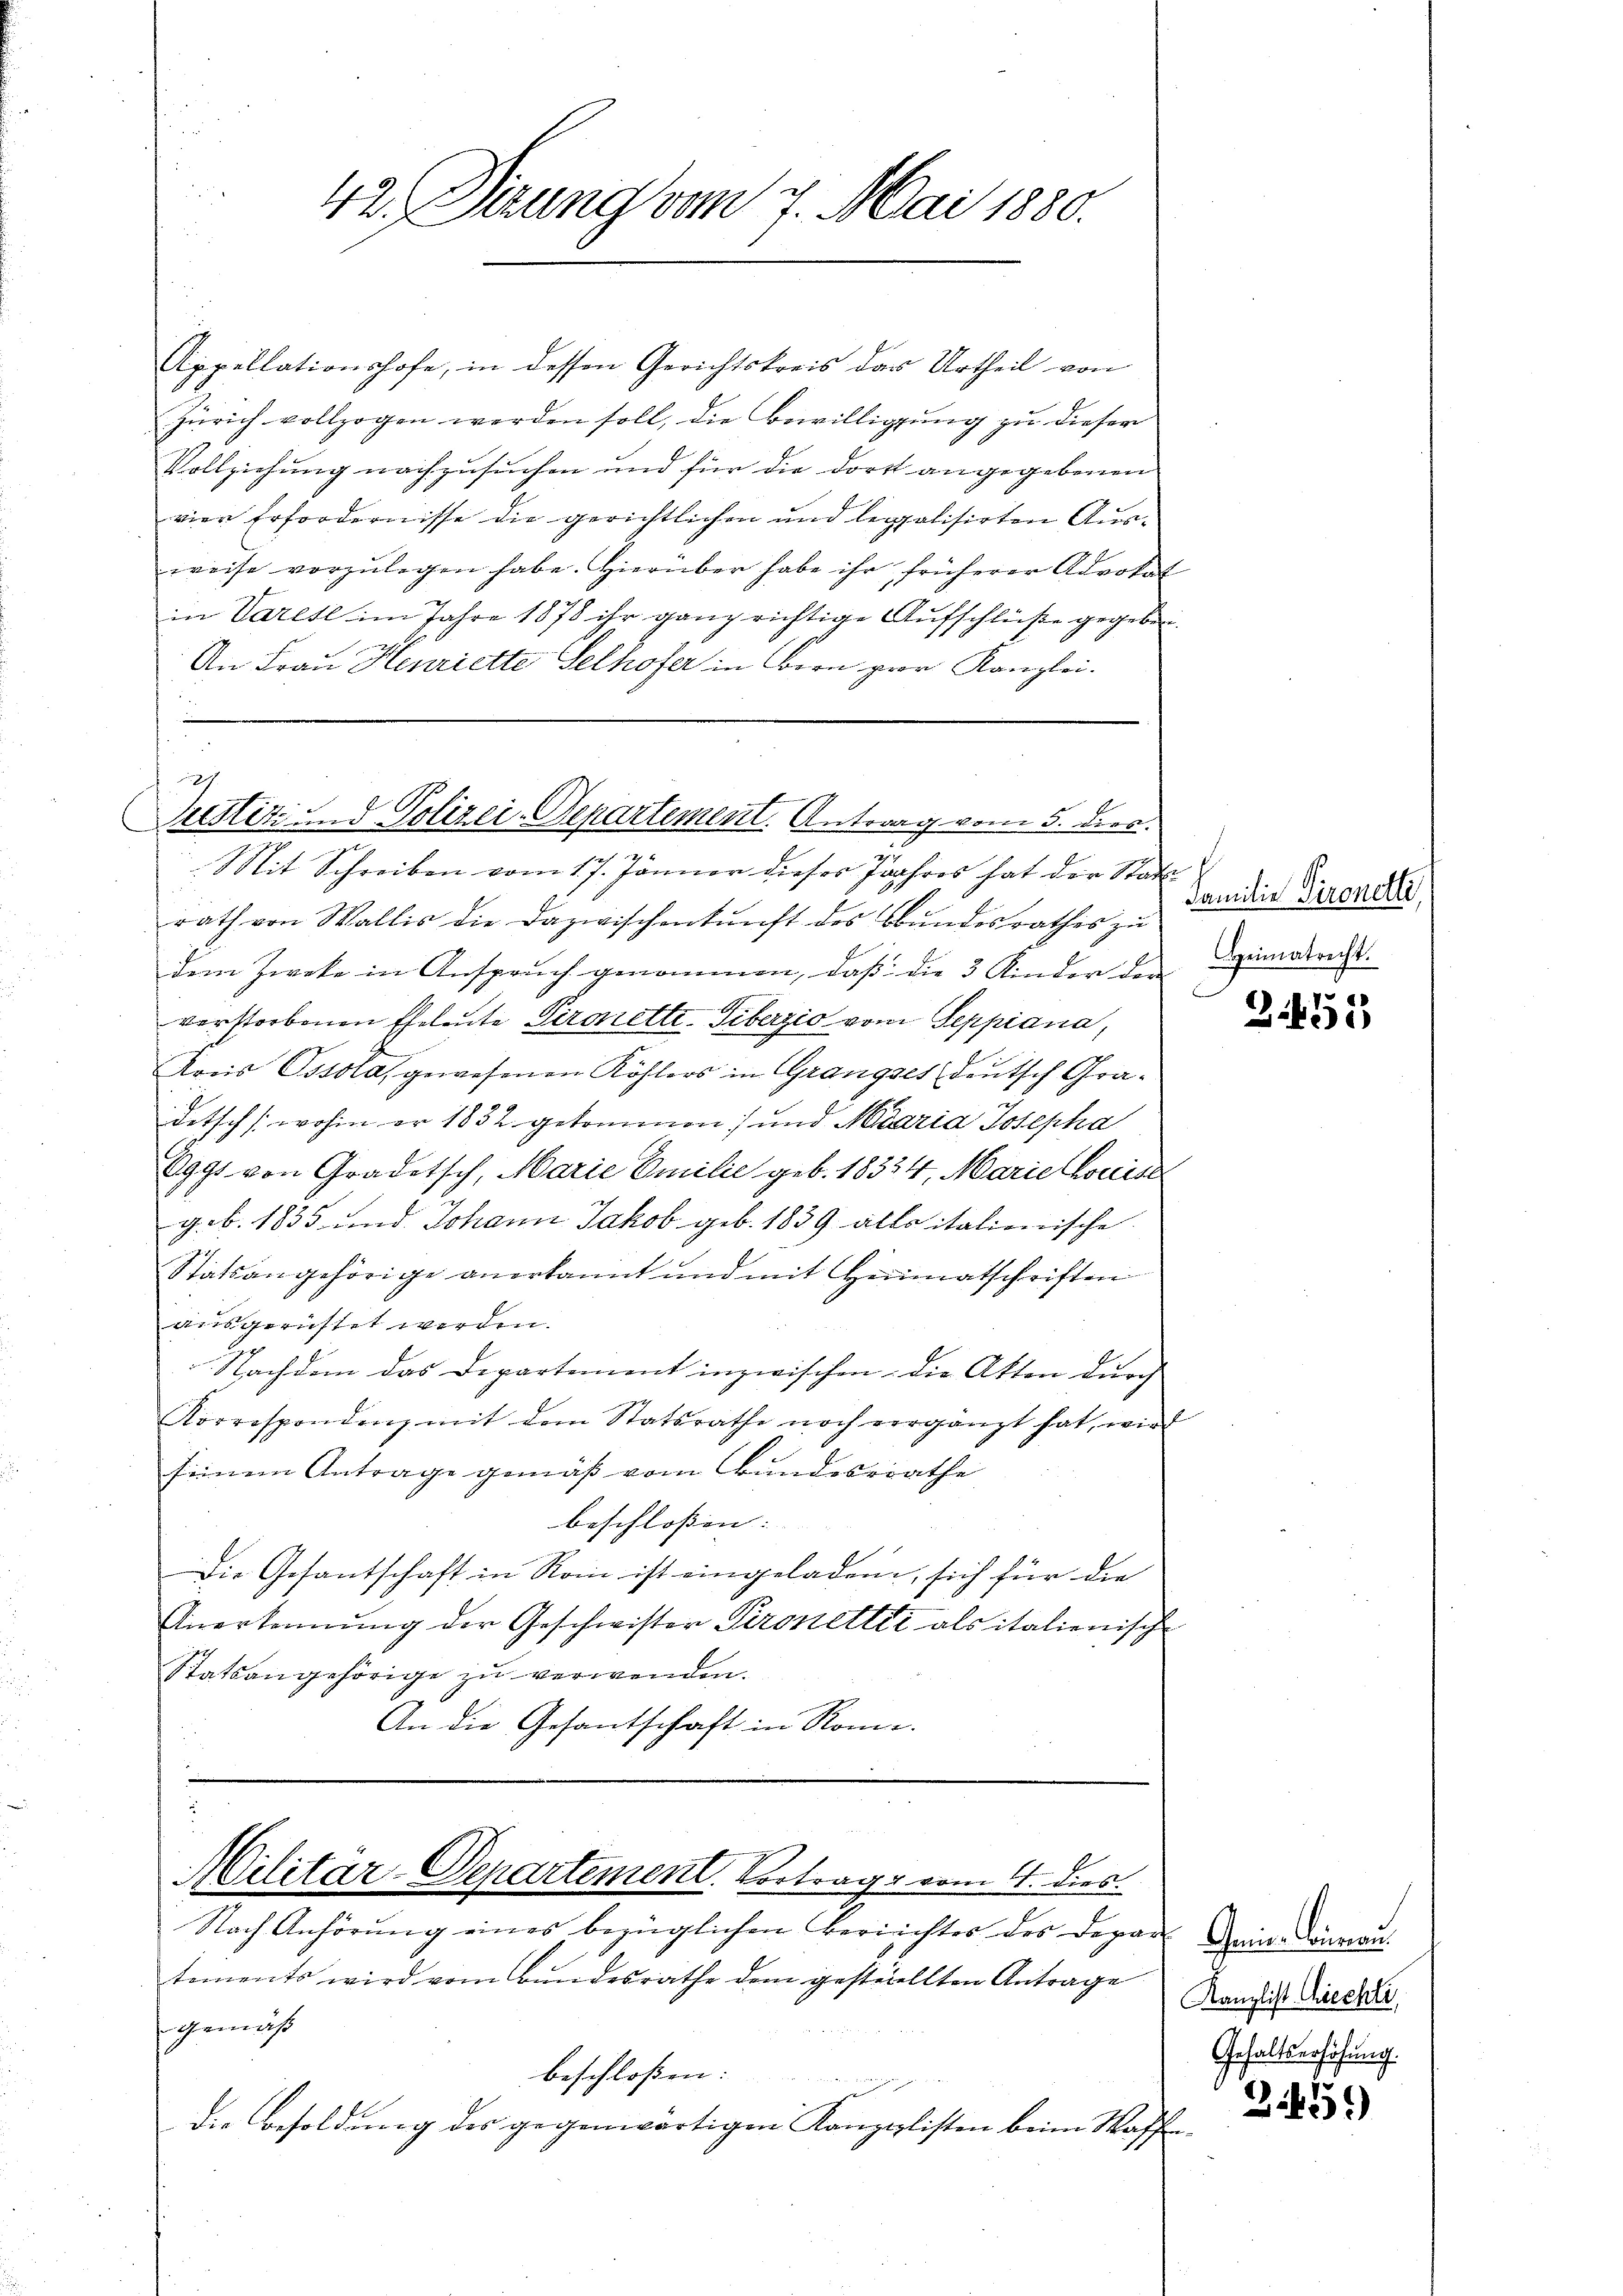
42. Dezung vom 7. Mai 1880.

Appellationshofe, in dessen Gerichtskreis das Urtheil von
Zürich vollzogen werden soll, die Bewilligung zu dieser
Vollziehung nachzusuchen und für die dort angegebenen
vier Erfordernisse die gerichtlichen und legalisirten Ausweise vorzulegen habe. Hierüber habe ihr früherer Advokat
in Varest im Jahre 1878 ihr ganz richtige Aufschlüße gegeben.
An Frau Henriette Selhofer in Bern pror Kanzlei.

22.
Beistet und Polizei-Departement. Antrag vom 5. dies.

u
Mit Schreiben vom 17. Jänner dieses Jahres hat der Stadt
rath von Wallis die Dazwischenkunft des Bundesrathes zu
dem Zweke in Ansprŭch genommen, daβ die 3 Kinder der Limmatrecht.
verstorbenen Eheleute Siroelte. Tiberzio vom Seppiana,
Konis Ossola, gewesenen Köhlers in Grangses deutsch Gradetsch (wohin er 1832 gekommen) und Maria Josepha
8991 von Gradetsch, Marie Emilie geb. 18324, Marie Louise
g.b. 1835 und Johann Jakob geb. 1839 alle italionische
Stätsangehörige anerkannt und mit Heimatschriften
ausgerüstet werden.
Nachdem das Departement inzwischen, die Akten durch
Korrespondenz mit dem Statsrathe noch vergänzt hat, wie
seinem Antrage gemäß vom Bundesrathe
beschlossen: |
Die Gesantschaft in Roi ist eingeladen, sich für die
Anerkennung der Geschwister Peronetter als italienische
Statsangehörige zu verwenden.
An die Gesantschaft in Rome

Militar-Departement. Vortrage vom 4. dies

Nach Anhörung eines bezüglichen Berichtes des Depar Meine darau
tements wird vom Bŭndesrathe dem gesterellten Antrage Kanze Direkti
gemäß
beschloßen:
Die Besoldung des gegenwärtigen Kanzlisten beim Waffen

Familie Tironetti,

34455

Gehaltserhöhung.

31451)